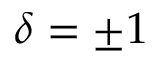
\delta = \pm 1